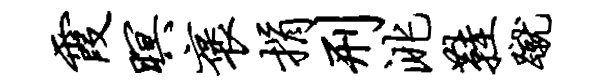
霞暝褒捐刑洮鞋蹴